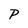
Character: P